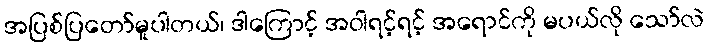
အပြစ်ပြတော်မူပါတယ်၊ ဒါကြောင့် အဝါရင့်ရင့် အရောင်ကို မပယ်လို သော်လဲ